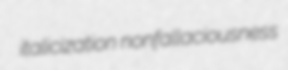
italicization nonfallaciousness